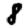
Digit: 8